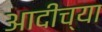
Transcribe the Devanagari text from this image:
आदीच्या